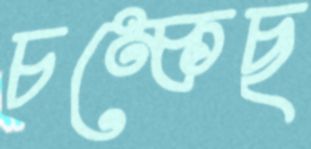
চম্‌কেছ